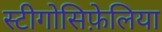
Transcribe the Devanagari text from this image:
स्टीगोसिफ़ेलिया